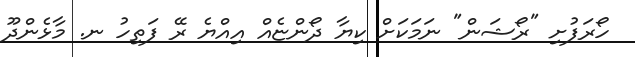
ހޯރަފުށި "ރޯޝަން" ނަމަކަށް ކިޔާ ދޯންޏެއް އިއްޔެ ރޭ ފަތިހު ނ. މާޅެންދޫ